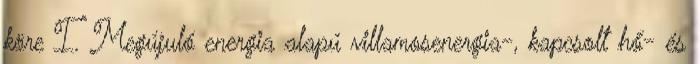
köre I. Megújuló energia alapú villamosenergia-, kapcsolt hő- és